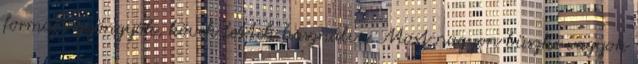
formájú gyöngyök, kövek lettek használva. Most nagyon büszke vagyok